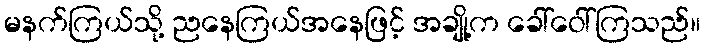
မနက်ကြယ်သို့ ညနေကြယ်အနေဖြင့် အချို့က ခေါ်ဝေါ်ကြသည်။